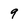
Character: 9